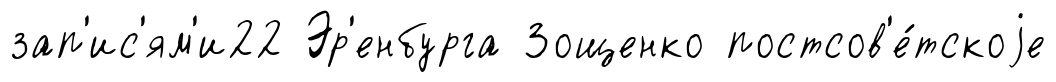
зап'ис'ям'и22 Эр'енбурга Зощенко постсов'е́тскоjе